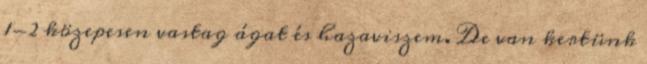
1-2 közepesen vastag ágat és hazaviszem. De van kertünk